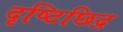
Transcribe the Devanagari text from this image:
दृष्टिछिद्र